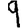
Digit: 9